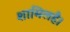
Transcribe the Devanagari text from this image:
शामिलहै।